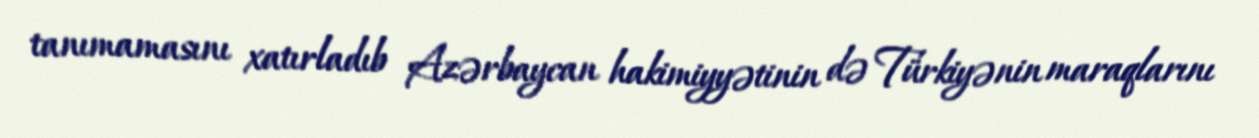
tanımamasını xatırladıb Azərbaycan hakimiyyətinin də Türkiyənin maraqlarını